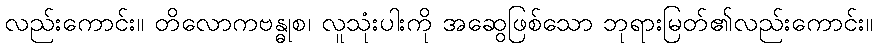
လည်းကောင်း။ တိလောကဗန္ဓုစ၊ လူသုံးပါးကို အဆွေဖြစ်သော ဘုရားမြတ်၏လည်းကောင်း။